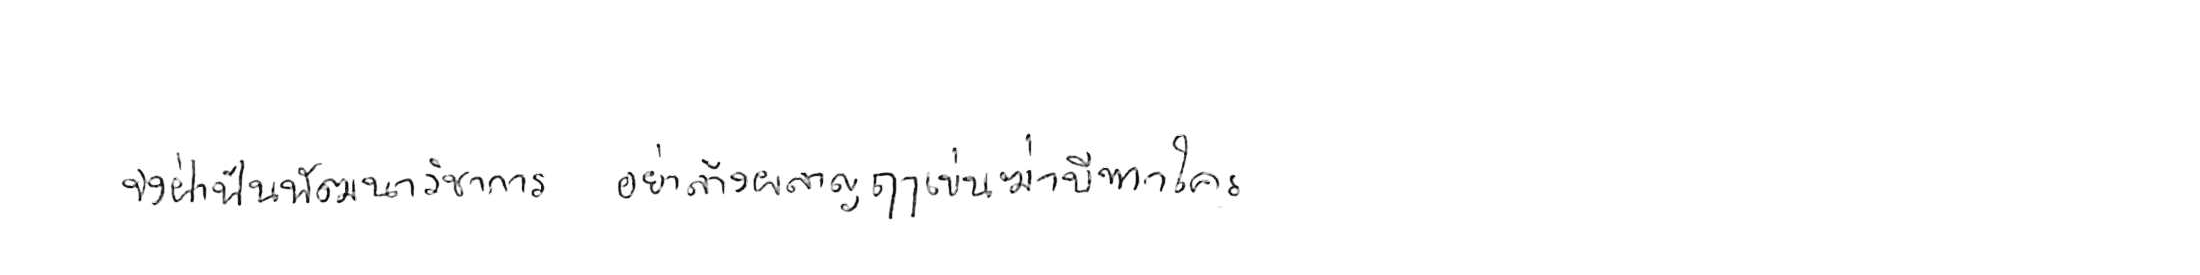
จงฝ่าฟันพัฒนาวิชาการ อย่าล้างผลาญฤๅเข่นฆ่าบีฑาใคร